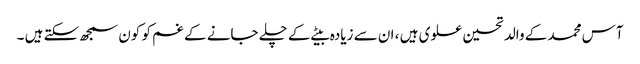
آس محمد کے والد تحسین علوی ہیں ، ان سے زیادہ بیٹے کے چلے جانے کے غم کو کون سمجھ سکتے ہیں ۔